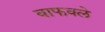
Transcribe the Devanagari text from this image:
वाफवले